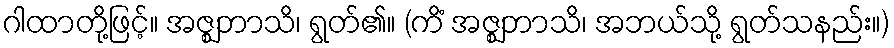
ဂါထာတို့ဖြင့်။ အဇ္ဈဘာသိ၊ ရွတ်၏။ (ကိံ အဇ္ဈဘာသိ၊ အဘယ်သို့ ရွတ်သနည်း။)